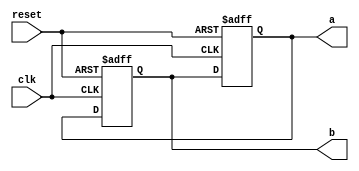
module swap_2(clk,reset,a,b);
  input clk,reset;
  output [3:0] a,b;
  reg [3:0] a,b;
  always @(posedge clk or posedge reset)
    if (reset) begin
      a <= #1 4'd5;
      b <= #1 4'd6;
    end else begin
      a <= #1 b;
      b <= #1 a;
    end
endmodule